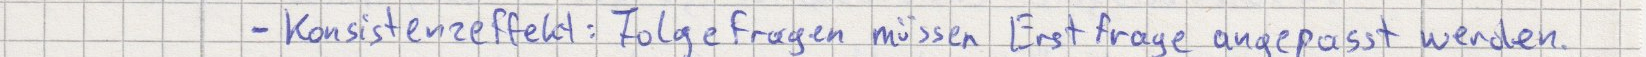
- Konsistenzeffekt: Folgefragen müssen Erstfrage angepasst werden